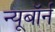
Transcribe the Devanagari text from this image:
न्यूबॉर्न